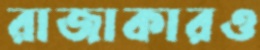
রাজাকারও